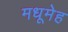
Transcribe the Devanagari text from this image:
मधूमेह